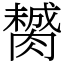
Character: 膥